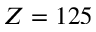
Z = 1 2 5